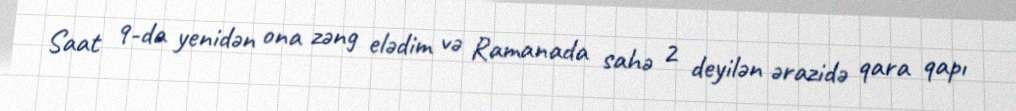
Saat 9-da yenidən ona zəng elədim və Ramanada sahə 2 deyilən ərazidə qara qapı